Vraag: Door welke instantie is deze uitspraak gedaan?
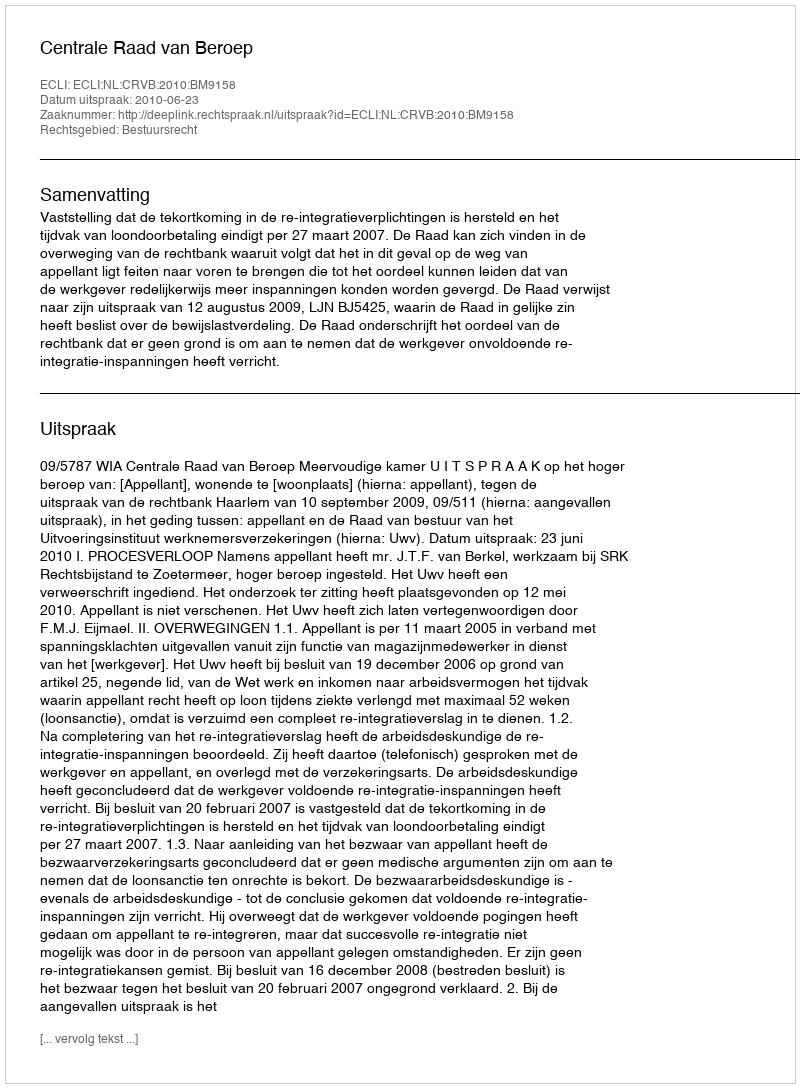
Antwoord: Centrale Raad van Beroep